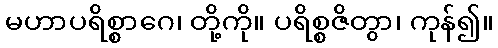
မဟာပရိစ္စာဂေ၊ တို့ကို။ ပရိစ္စဇိတွာ၊ ကုန်၍။